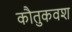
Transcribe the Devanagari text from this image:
कौतुकवश